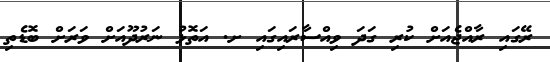
ރޭގައި ރާއްޖެއަށް ކުރި ގަދަ ވިއްސާރައިގައި ށ. އަތޮޅު ނަރުދޫއަށް ވަރަށް ބޮޑެތި